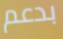
بدعم